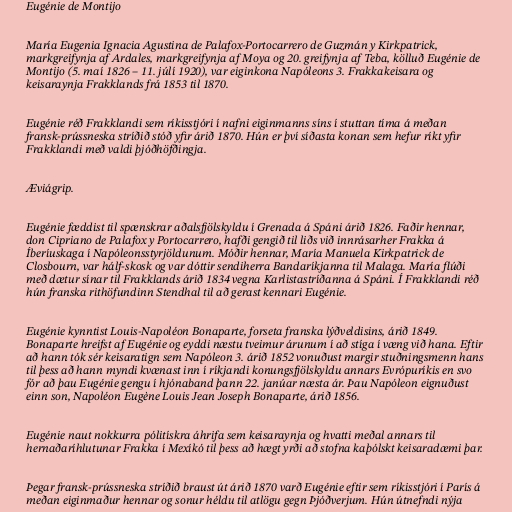
Eugénie de Montijo

María Eugenia Ignacia Agustina de Palafox-Portocarrero de Guzmán y Kirkpatrick,
markgreifynja af Ardales, markgreifynja af Moya og 20. greifynja af Teba, kölluð Eugénie de
Montijo (5. maí 1826 – 11. júlí 1920), var eiginkona Napóleons 3. Frakkakeisara og
keisaraynja Frakklands frá 1853 til 1870.

Eugénie réð Frakklandi sem ríkisstjóri í nafni eiginmanns síns í stuttan tíma á meðan
fransk-prússneska stríðið stóð yfir árið 1870. Hún er því síðasta konan sem hefur ríkt yfir
Frakklandi með valdi þjóðhöfðingja.

Æviágrip.

Eugénie fæddist til spænskrar aðalsfjölskyldu í Grenada á Spáni árið 1826. Faðir hennar,
don Cipriano de Palafox y Portocarrero, hafði gengið til liðs við innrásarher Frakka á
Íberíuskaga í Napóleonsstyrjöldunum. Móðir hennar, María Manuela Kirkpatrick de
Closbourn, var hálf-skosk og var dóttir sendiherra Bandaríkjanna til Malaga. María flúði
með dætur sínar til Frakklands árið 1834 vegna Karlistastríðanna á Spáni. Í Frakklandi réð
hún franska rithöfundinn Stendhal til að gerast kennari Eugénie.

Eugénie kynntist Louis-Napoléon Bonaparte, forseta franska lýðveldisins, árið 1849.
Bonaparte hreifst af Eugénie og eyddi næstu tveimur árunum í að stíga í væng við hana. Eftir
að hann tók sér keisaratign sem Napóleon 3. árið 1852 vonuðust margir stuðningsmenn hans
til þess að hann myndi kvænast inn í ríkjandi konungsfjölskyldu annars Evrópuríkis en svo
fór að þau Eugénie gengu í hjónaband þann 22. janúar næsta ár. Þau Napóleon eignuðust
einn son, Napoléon Eugène Louis Jean Joseph Bonaparte, árið 1856.

Eugénie naut nokkurra pólitískra áhrifa sem keisaraynja og hvatti meðal annars til
hernaðaríhlutunar Frakka í Mexíkó til þess að hægt yrði að stofna kaþólskt keisaradæmi þar.

Þegar fransk-prússneska stríðið braust út árið 1870 varð Eugénie eftir sem ríkisstjóri í París á
meðan eiginmaður hennar og sonur héldu til atlögu gegn Þjóðverjum. Hún útnefndi nýja